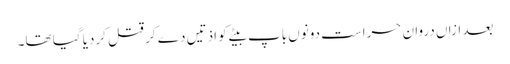
بعد ازاں دروان حراست دونوں باپ بیٹے کو اذتیں دے کر قتل کردیا گیا تھا۔